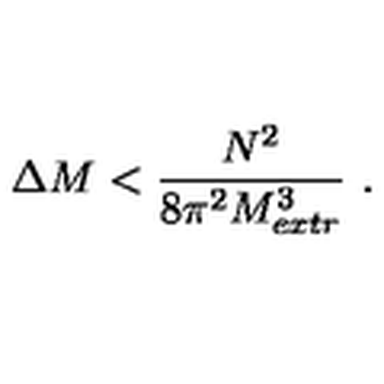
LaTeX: \Delta M < { \frac { N ^ { 2 } } { 8 \pi ^ { 2 } M _ { e x t r } ^ { 3 } } } \ .